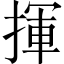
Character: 揮